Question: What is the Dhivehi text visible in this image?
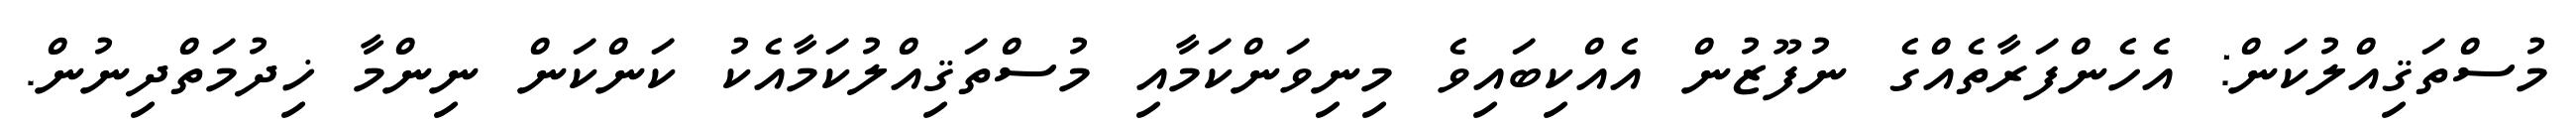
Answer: މުސްތަޤިއްލުކަން: އެހެންފަރާތެއްގެ ނުފޫޒުން އެއްކިބައިވެ މިނިވަންކަމާއި މުސްތަޤިއްލުކަމާއެކު ކަންކަން ނިންމާ ޚިދުމަތްދިނުން.